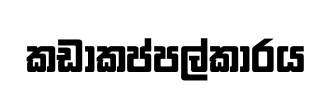
කඩාකප්පල්කාරය